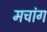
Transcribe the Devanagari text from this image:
मचांग